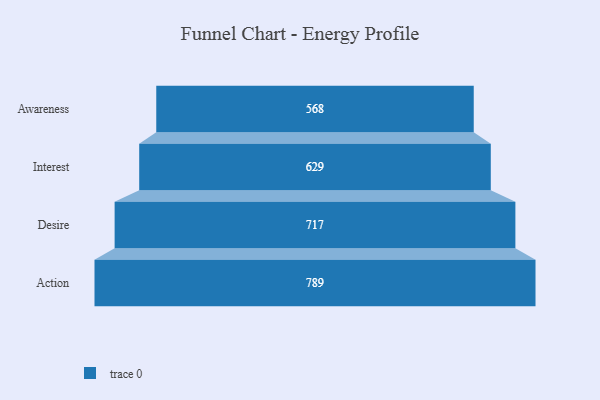
{"axis": {"x": "Stage", "y": "Value"}, "legend": [""], "data": [{"x": "Awareness", "y": 568.0, "type": ""}, {"x": "Interest", "y": 629.0, "type": ""}, {"x": "Desire", "y": 717.0, "type": ""}, {"x": "Action", "y": 789.0, "type": ""}]}